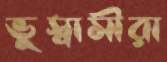
ভুস্বামীরা